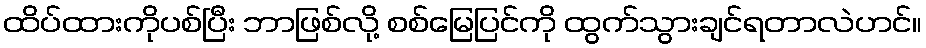
ထိပ်ထားကိုပစ်ပြီး ဘာဖြစ်လို့ စစ်မြေပြင်ကို ထွက်သွားချင်ရတာလဲဟင်။